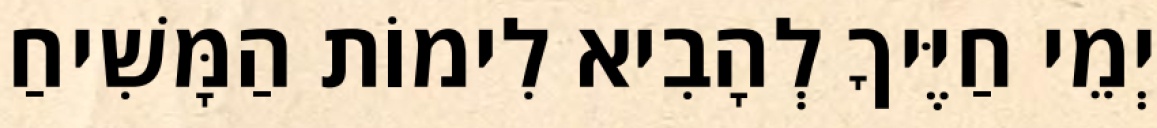
יְמֵי חַיֶּיךָ לְהָבִיא לִימוֹת הַמָּשִׁיחַ